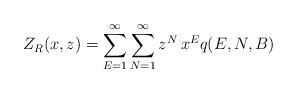
LaTeX: \begin{align*}Z_R(x,z) = \sum_{E=1}^{\infty} \sum_{N=1}^{\infty} z^{N} \, x^{E} q(E,N,B)\end{align*}